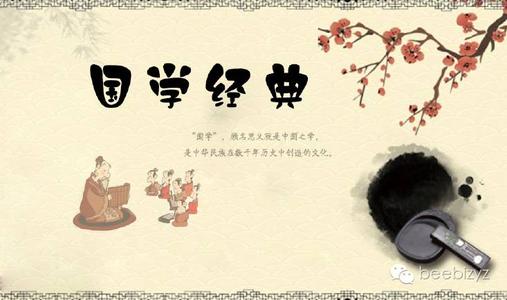
素富贵，行乎富贵素贫贱，行乎贫贱素夷狄，行乎夷狄素患难，行乎患难。君子无入而不自得焉。